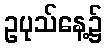
ဥပုသ်နေ့၌